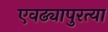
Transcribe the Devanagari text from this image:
एवढ्यापुरत्या